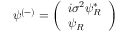
\psi ^ { ( - ) } = { \left( \begin{array} { l } { i \sigma ^ { 2 } \psi _ { R } ^ { * } } \\ { \psi _ { R } } \end{array} \right) }